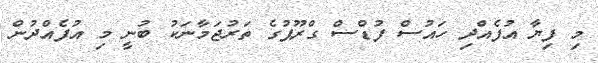
މި ފިޔާ އުފެއްދި ހައުސް ފުޑްސް ގްރޫޕުގެ ތަރުޖަމާނަކު ބުނީ މި އުފެއްދުން